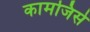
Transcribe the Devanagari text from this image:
कामजिसे